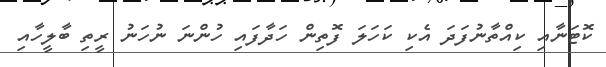
ކޮޓަނާއި ކިއްތާނުފަދަ އެކި ކަހަލަ ފޮތިން ހަދާފައި ހުންނަ ނުހަނު ރީތި ބާލީހާއި